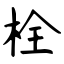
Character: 栓